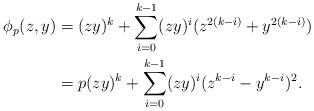
LaTeX: \begin{align*} \begin{aligned} \phi_p(z, y) &= (zy)^k + \sum_{i=0}^{k-1} (zy)^{i} (z^{2(k-i)} + y^{2(k-i)})\\ &= p(zy)^k + \sum_{i=0}^{k-1} (zy)^{i} (z^{k-i} - y^{k-i})^2.\end{aligned}\end{align*}